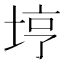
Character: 𫭸